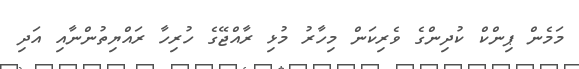
މަމެން ޕިންކް ކުދިންގެ ވެރިކަން މިހާރު މުޅި ރާއްޖޭގެ ހުރިހާ ރައްޔިތުންނާއި އަދި